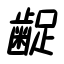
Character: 齪